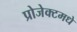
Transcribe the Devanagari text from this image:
प्रोजेक्टमधे